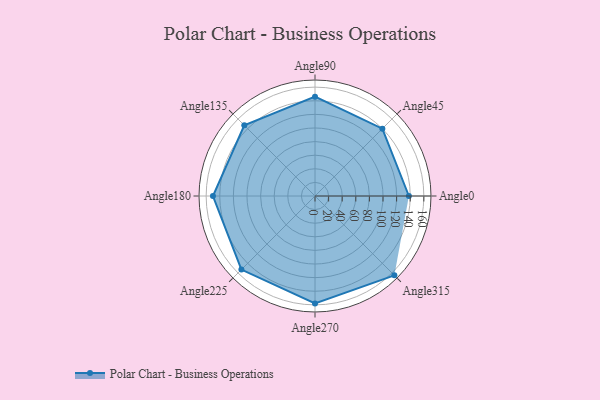
{"axis": {"x": "Angle", "y": "Radius"}, "legend": [""], "data": [{"x": "Angle0", "y": 138.0, "type": ""}, {"x": "Angle45", "y": 140.0, "type": ""}, {"x": "Angle90", "y": 146.0, "type": ""}, {"x": "Angle135", "y": 147.0, "type": ""}, {"x": "Angle180", "y": 150.0, "type": ""}, {"x": "Angle225", "y": 153.0, "type": ""}, {"x": "Angle270", "y": 158.0, "type": ""}, {"x": "Angle315", "y": 165.0, "type": ""}]}